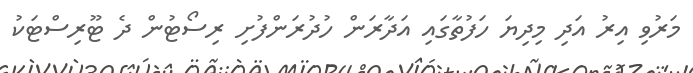
މަރުވި އިރު އަދި މިދިޔަ ހަފުތާގައި އަދާރަން ހުދުރަންފުށި ރިސޯޓުން ދެ ޓޫރިސްޓަކު